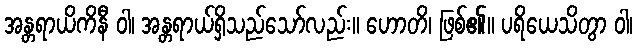
အန္တရာယိကိနီ ဝါ၊ အန္တရာယ်ရှိသည်သော်လည်း။ ဟောတိ၊ ဖြစ်၏။ ပရိယေသိတွာ ဝါ၊